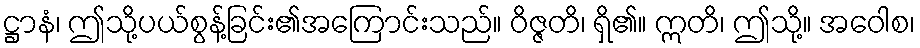
ဋ္ဌာနံ၊ ဤသို့ပယ်စွန့်ခြင်း၏အကြောင်းသည်။ ဝိဇ္ဇတိ၊ ရှိ၏။ ဣတိ၊ ဤသို့။ အဝေါစ၊